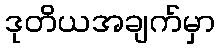
ဒုတိယအချက်မှာ